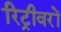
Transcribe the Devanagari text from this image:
रिट्रीवरों